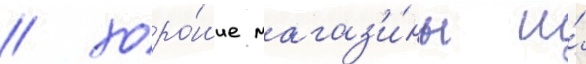
/ хоро́шие магаз'и́ны и́